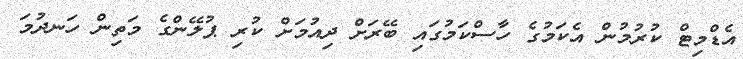
އެޑްމިޓް ކުރުމުން އެކަމުގެ ހާސްކަމުގައި ބޭރަށް ދިއުމަށް ކުރި ޕުލޭންގެ މަތިން ހަނދުމަ